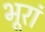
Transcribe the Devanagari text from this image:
भूरां